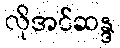
လိုအင်ဆန္ဒ